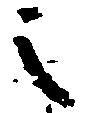
之